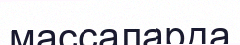
массаларда